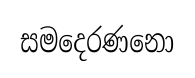
සමදෙරණනො